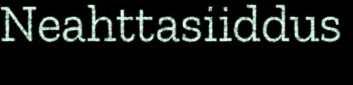
Neahttasiiddus